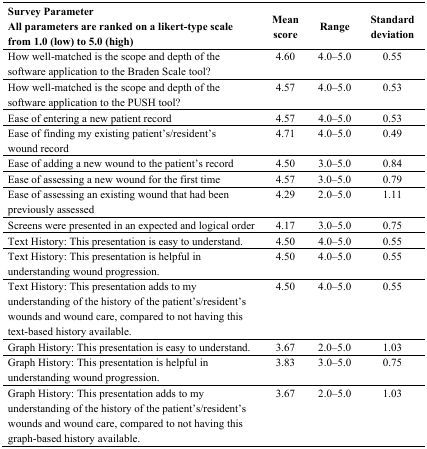
<table><thead><tr><td><b>Survey Parameter All parameters are ranked on a likert-type scale from 1.0 (low) to 5.0 (high)</b></td><td><b>Mean score</b></td><td><b>Range</b></td><td><b>Standard deviation</b></td></tr></thead><tbody><tr><td>How well-matched is the scope and depth of the software application to the Braden Scale tool?</td><td>4.60</td><td>4.0–5.0</td><td>0.55</td></tr><tr><td>How well-matched is the scope and depth of the software application to the PUSH tool?</td><td>4.57</td><td>4.0–5.0</td><td>0.53</td></tr><tr><td>Ease of entering a new patient record</td><td>4.57</td><td>4.0–5.0</td><td>0.53</td></tr><tr><td>Ease of finding my existing patient’s/resident’s wound record</td><td>4.71</td><td>4.0–5.0</td><td>0.49</td></tr><tr><td>Ease of adding a new wound to the patient’s record</td><td>4.50</td><td>3.0–5.0</td><td>0.84</td></tr><tr><td>Ease of assessing a new wound for the first time</td><td>4.57</td><td>3.0–5.0</td><td>0.79</td></tr><tr><td>Ease of assessing an existing wound that had been previously assessed</td><td>4.29</td><td>2.0–5.0</td><td>1.11</td></tr><tr><td>Screens were presented in an expected and logical order</td><td>4.17</td><td>3.0–5.0</td><td>0.75</td></tr><tr><td>Text History: This presentation is easy to understand.</td><td>4.50</td><td>4.0–5.0</td><td>0.55</td></tr><tr><td>Text History: This presentation is helpful in understanding wound progression.</td><td>4.50</td><td>4.0–5.0</td><td>0.55</td></tr><tr><td>Text History: This presentation adds to my understanding of the history of the patient’s/resident’s wounds and wound care, compared to not having this text-based history available.</td><td>4.50</td><td>4.0–5.0</td><td>0.55</td></tr><tr><td>Graph History: This presentation is easy to understand.</td><td>3.67</td><td>2.0–5.0</td><td>1.03</td></tr><tr><td>Graph History: This presentation is helpful in understanding wound progression.</td><td>3.83</td><td>3.0–5.0</td><td>0.75</td></tr><tr><td>Graph History: This presentation adds to my understanding of the history of the patient’s/resident’s wounds and wound care, compared to not having this graph-based history available.</td><td>3.67</td><td>2.0–5.0</td><td>1.03</td></tr></tbody></table>